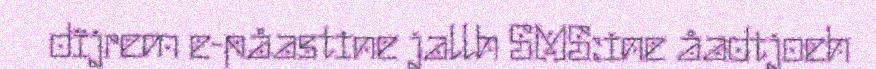
dïjrem e-påastine jallh SMS:ine åadtjoeh